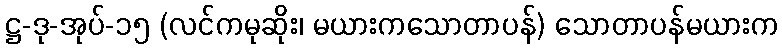
ဋ္ဌ-ဒု-အုပ်-၁၅ (လင်ကမုဆိုး၊ မယားကသောတာပန်) သောတာပန်မယားက